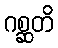
ဂစ္ဆတိ